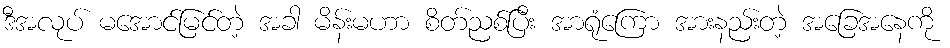
ဒီအလုပ် မအောင်မြင်တဲ့ အခါ မိန်းမဟာ စိတ်ညစ်ပြီး အာရုံကြော အားနည်းတဲ့ အခြေအနေကို